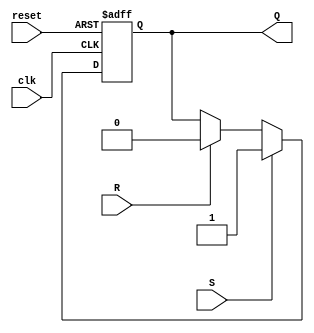
module sr_ff (
    input clk,
    input reset,
    input S,
    input R,
    output reg Q
);

always @(posedge clk or posedge reset)
begin
    if (reset)
        Q <= 0;
    else if (S)
        Q <= 1;
    else if (R)
        Q <= 0;
end

endmodule